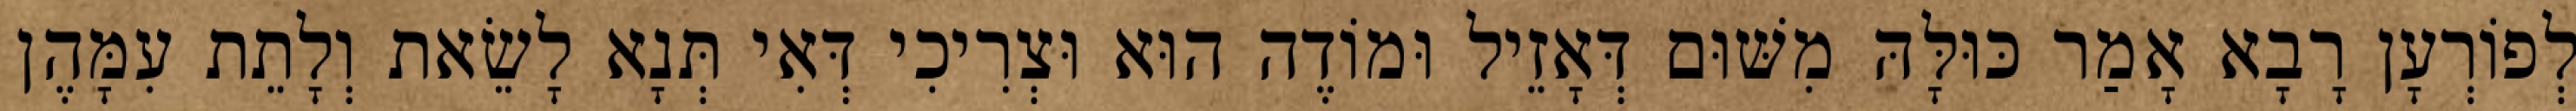
לְפוֹרְעָן רָבָא אָמַר כּוּלָּהּ מִשּׁוּם דְּאָזֵיל וּמוֹדֶה הוּא וּצְרִיכִי דְּאִי תְּנָא לָשֵׂאת וְלָתֵת עִמָּהֶן